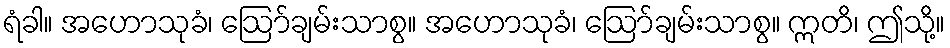
ရံခါ။ အဟောသုခံ၊ ဩော်ချမ်းသာစွ။ အဟောသုခံ၊ ဩော်ချမ်းသာစွ။ ဣတိ၊ ဤသို့။